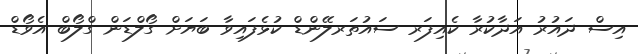
އިސް ދައުރު އަދާކުރާ ކެއިފަރ ސައުތަރލޭންޑް ކުޅެފައިވާ ބަޔަށް ގޯލްޑަން ގްލޯބް އެވޯޑް